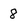
Character: 8